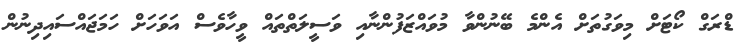
ޑްރަގް ކޯޓަށް މިވަގުތަށް އެންމެ ބޭނުންވާ މުވައްޒަފުންނާއި ވަސީލަތްތައް ވީހާވެސް އަަވަަހަށް ހަމަަޖައްސައިދިނުން